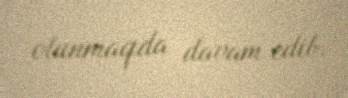
olunmaqda davam edib.